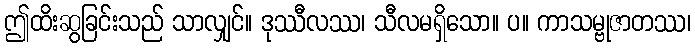
ဤထိးဆွခြင်းသည် သာလျှင်။ ဒုဿီလဿ၊ သီလမရှိသော။ ပ။ ကာသမ္ဗုဇာတဿ၊